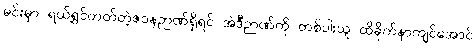
မင်းမှာ ရယ်ရွှင်တတ်တဲ့ဇဝနဉာဏ်ရှိရင် အဲဒီဉာဏ်ကို တစ်ပါးသူ ထိခိုက်နာကျင်အောင်